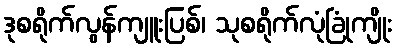
ဒုစရိုက်လွန်ကျူးပြစ်၊ သုစရိုက်လုံခြုံကျိုး